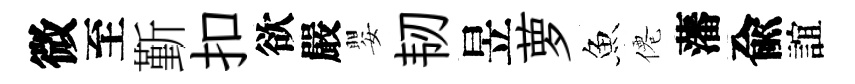
微至斳扣欲嚴嬰韧昱萝魚僊藩兪誼